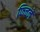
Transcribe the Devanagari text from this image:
फिचने